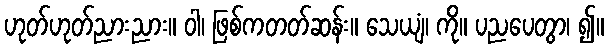
ဟုတ်ဟုတ်ညားညား။ ဝါ၊ ဖြစ်ကတတ်ဆန်း။ သေယျံ၊ ကို။ ပညပေတွာ၊ ၍။